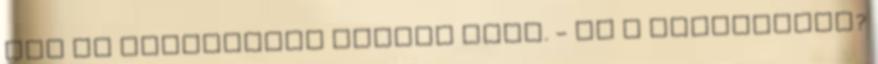
fiú és várakozóan nézett ránk. - Mi a válaszotok?